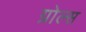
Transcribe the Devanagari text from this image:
ग्रोल्स